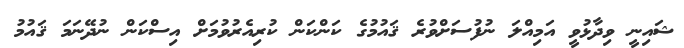
ޝައިނީ ވިދާޅުވީ އަމިއްލަ ނުފުސަށްވުރެ ޤައުމުގެ ކަންކަން ކުރިއެރުވުމަށް އިސްކަން ނުދޭނަމަ ޤައުމު